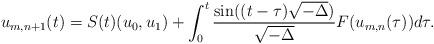
LaTeX: \begin{align*} u_{m,n+1} (t) = S(t)(u_0,u_1) + \int_{0}^t \frac{\sin ((t-\tau)\sqrt{-\Delta})}{\sqrt{-\Delta}} F(u_{m,n} (\tau)) d\tau.\end{align*}